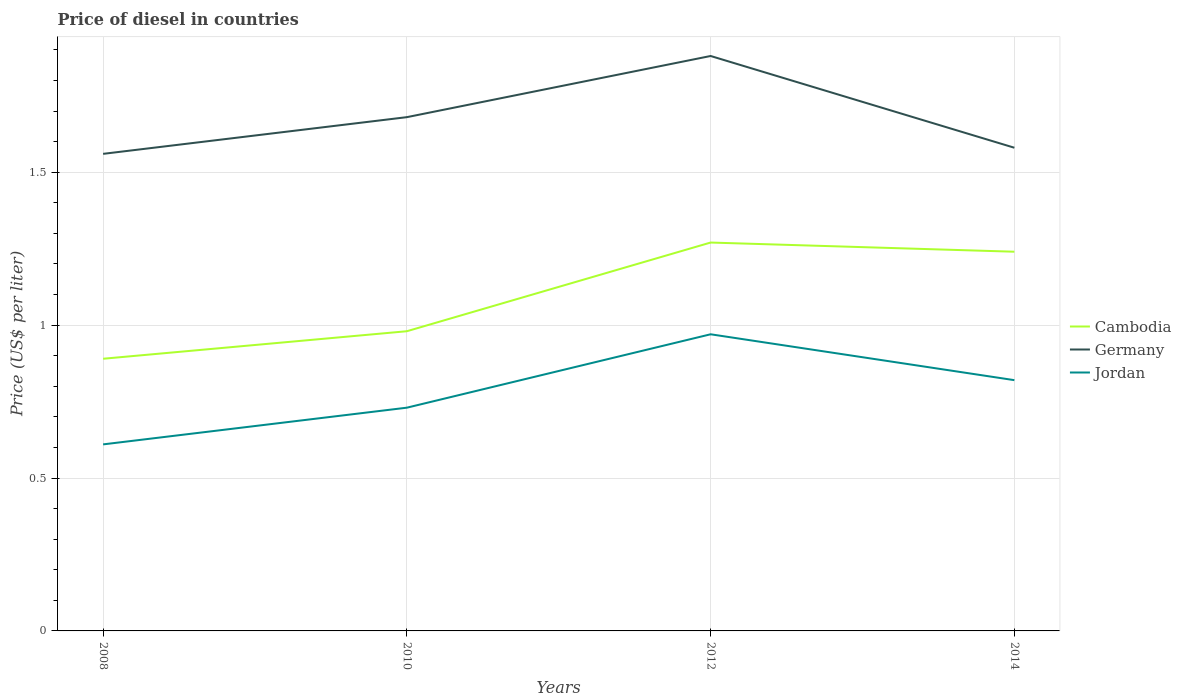
| Years | Cambodia | Germany | Jordan |
 | --- | --- | --- | --- |
 | 2008 | 0.89 | 1.56 | 0.61 |
 | 2010 | 0.98 | 1.68 | 0.73 |
 | 2012 | 1.27 | 1.88 | 0.97 |
 | 2014 | 1.24 | 1.58 | 0.82 |